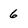
Character: 6